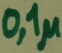
Text: 0,1µ